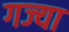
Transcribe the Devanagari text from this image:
गज्या